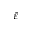
\bar { \varepsilon }